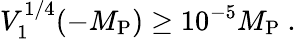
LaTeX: V_{1}^{1/4}(-M_{\mathrm{P}})\geq 10^{-5}M_{\mathrm{P}}\ .